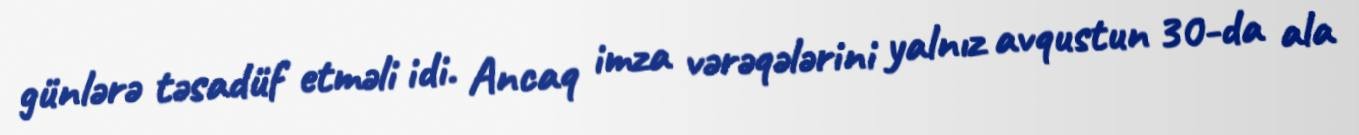
günlərə təsadüf etməli idi. Ancaq imza vərəqələrini yalnız avqustun 30-da ala